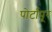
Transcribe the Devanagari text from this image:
पोर्टापूर